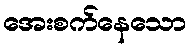
အေးစက်နေသော